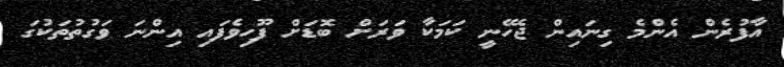
އާފުރެން އެންމެ ގިނައިން ޖެހޭނީ ކަމަކާ ވަރަށް ބޮޑަށް ފޫހިވެފައި އިންނަ ވަގުތުތަކުގަ